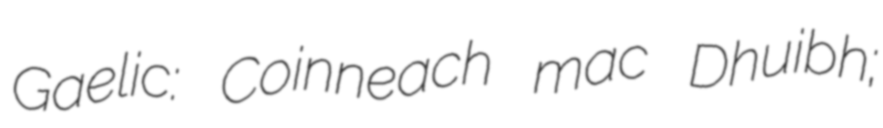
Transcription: Gaelic: Coinneach mac Dhuibh;